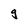
Character: g